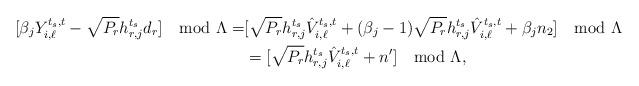
LaTeX: \begin{align*}[\beta_jY_{i,\ell}^{t_s,t}-\sqrt{P_r}h_{r,j}^{t_s}d_r]\mod\Lambda =&[\sqrt{P_r}h_{r,j}^{t_s}\hat{V}^{t_s,t}_{i,\ell}+(\beta_j-1)\sqrt{P_r}h_{r,j}^{t_s}\hat{V}^{t_s,t}_{i,\ell}+\beta_jn_2]\mod\Lambda \\&=[\sqrt{P_r}h_{r,j}^{t_s}\hat{V}_{i,\ell}^{t_s,t}+n']\mod\Lambda,\end{align*}